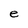
Character: e